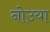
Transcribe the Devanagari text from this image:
नोउया